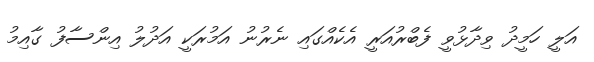
އަލީ ހަމީދު ވިދާޅުވީ ފެބްރުއަރީ އެކެއްގައި ނެރުނު އަމުރަކީ އަދުލު އިންސާފު ގާއިމު